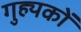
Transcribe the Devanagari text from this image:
गुह्यकों